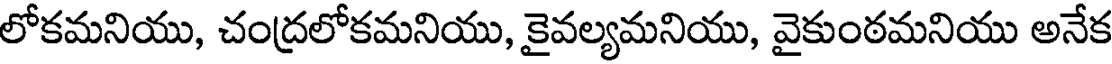
లోకమనియు, చంద్రలోకమనియు, కైవల్యమనియు, వైకుంఠమనియు అనేక